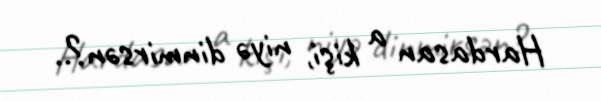
Hardasan a kişi, niyə dinmirsən?..